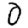
Digit: 0